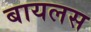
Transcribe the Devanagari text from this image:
बायलस